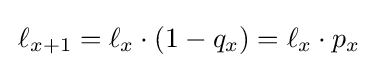
\,\ell _{x+1}=\ell _{x}\cdot (1-q_{x})=\ell _{x}\cdot p_{x}